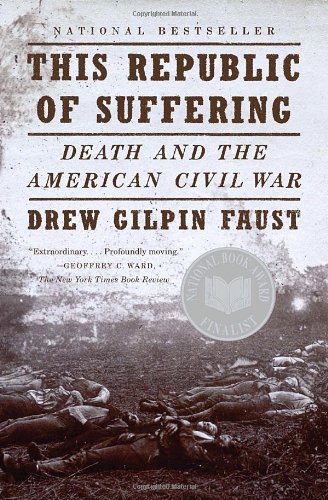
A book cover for This Republic of Suffering: Death and the American Civil War (Vintage Civil War Library); Drew Gilpin Faust; History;